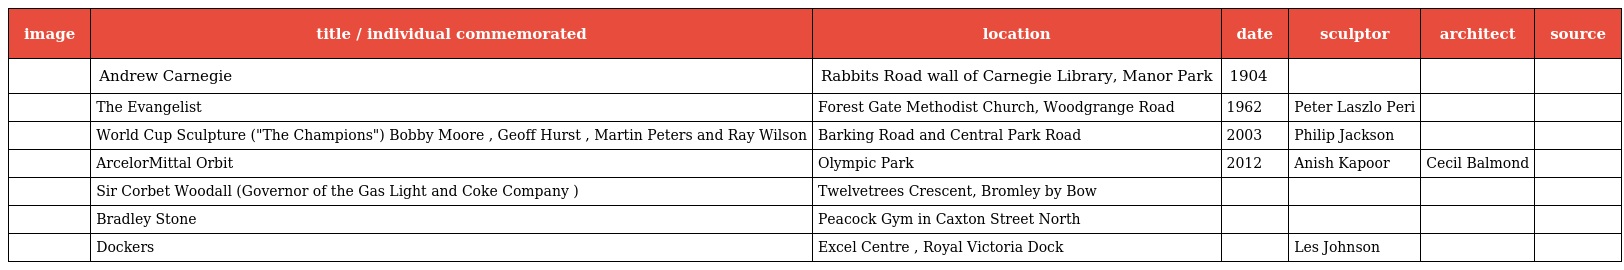
| image | title / individual commemorated | location | date | sculptor | architect | source |
 | --- | --- | --- | --- | --- | --- | --- |
 |  | Andrew Carnegie | Rabbits Road wall of Carnegie Library, Manor Park | 1904 |  |  |  |
 |  | The Evangelist | Forest Gate Methodist Church, Woodgrange Road | 1962 | Peter Laszlo Peri |  |  |
 |  | World Cup Sculpture ("The Champions") Bobby Moore , Geoff Hurst , Martin Peters and Ray Wilson | Barking Road and Central Park Road | 2003 | Philip Jackson |  |  |
 |  | ArcelorMittal Orbit | Olympic Park | 2012 | Anish Kapoor | Cecil Balmond |  |
 |  | Sir Corbet Woodall (Governor of the Gas Light and Coke Company ) | Twelvetrees Crescent, Bromley by Bow |  |  |  |  |
 |  | Bradley Stone | Peacock Gym in Caxton Street North |  |  |  |  |
 |  | Dockers | Excel Centre , Royal Victoria Dock |  | Les Johnson |  |  |